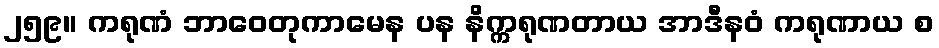
၂၅၉။ ကရုဏံ ဘာဝေတုကာမေန ပန နိက္ကရုဏတာယ အာဒီနဝံ ကရုဏာယ စ